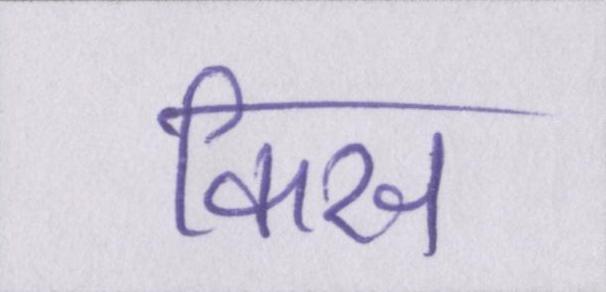
किस